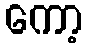
ကော့